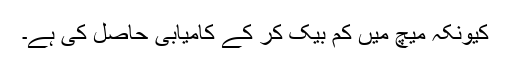
کیونکہ میچ میں کم بیک کر کے کامیابی حاصل کی ہے۔